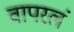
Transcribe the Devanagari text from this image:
वापरलं